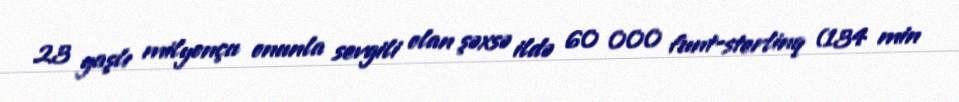
23 yaşlı milyonçu onunla sevgili olan şəxsə ildə 60 000 funt-sterlinq (134 min